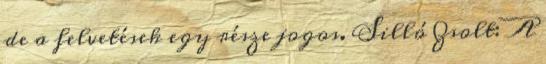
de a felvetések egy része jogos. Silló Zsolt: A